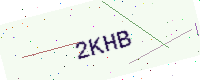
Text: 2KHB